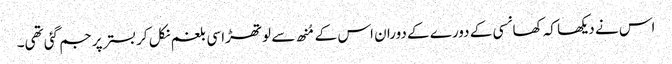
اس نے دیکھا کہ کھانسی کے دورے کے دوران اس کے مُنھ سے لوتھڑا سی بلغم نکل کر بستر پر جم گئی تھی۔